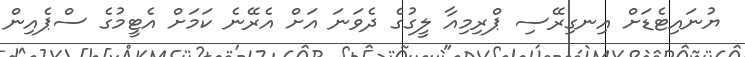
ޔުނައިޓެޑަށް އިނގިރޭސި ޕްރިމިއާ ލީގުގެ ދެވަނަ އަށް އެރޭނެ ކަމަށް އެޓީމުގެ ސްޕެއިން